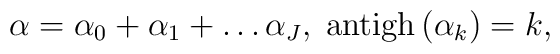
\alpha =\alpha _{0}+\alpha _{1}+\ldots \alpha _{J},\;{\rm antigh}\left(\alpha _{k}\right) =k,